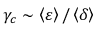
\gamma _ { c } \sim \left\langle \varepsilon \right\rangle / \left\langle \delta \right\rangle